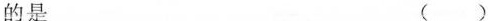
的是 ( )